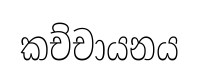
කච්චායනය